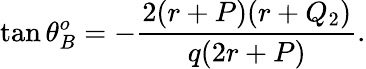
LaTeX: \tan\theta_{B}^{o}=-{\frac{2(r+P)(r+Q_{2})}{q(2r+P)}}.